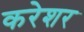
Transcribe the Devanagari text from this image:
करेशर